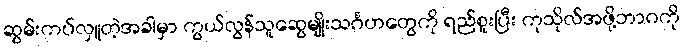
ဆွမ်းကပ်လှူတဲ့အခါမှာ ကွယ်လွန်သူဆွေမျိုးသင်္ဂဟတွေကို ရည်စူးပြီး ကုသိုလ်အဖို့ဘာဂကို